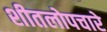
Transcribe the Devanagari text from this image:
शीतलोपचारे